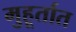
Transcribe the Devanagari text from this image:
मुहूर्तात